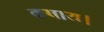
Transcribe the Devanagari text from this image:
कषाय।